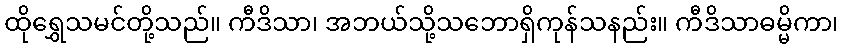
ထိုရွှေသမင်တို့သည်။ ကီဒိသာ၊ အဘယ်သို့သဘောရှိကုန်သနည်း။ ကီဒိသာဓမ္မိကာ၊